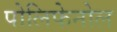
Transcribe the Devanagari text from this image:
पोलिफेनोल